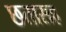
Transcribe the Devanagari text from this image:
छतासह